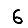
Digit: 6